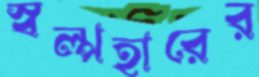
স্বল্পহারের